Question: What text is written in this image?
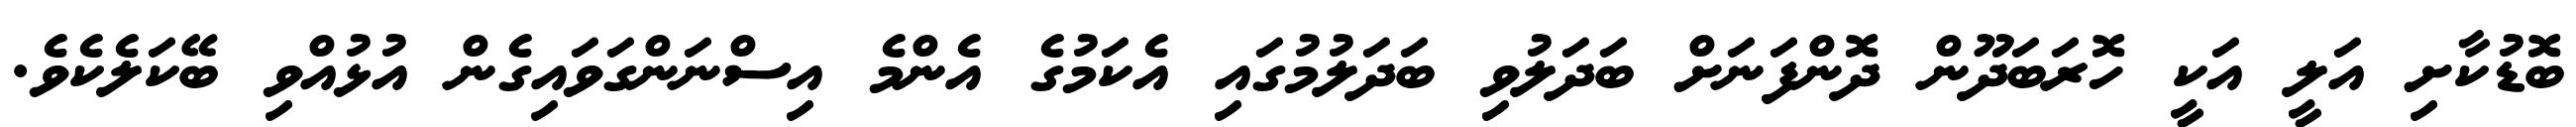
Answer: ބޮޑުކާށި އަލީ އަކީ ހޮރަބަދޫން ދޮންފަނަށް ބަދަލުވި ބަދަލުމުގައި އެކަމުގެ އެންމެ އިސްނަންގަވައިގެން އުޅުއްވި ބޭކަލެކެވެ.